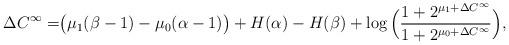
LaTeX: \begin{align*}\Delta{C}^{\infty}=&\big(\mu_1(\beta-1)-\mu_0(\alpha-1)\big)+H(\alpha)-H(\beta)+\log\Big(\frac{1+2^{\mu_1+\Delta{C}^{\infty}}}{1+2^{\mu_0+\Delta{C}^{\infty}}}\Big), \end{align*}